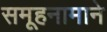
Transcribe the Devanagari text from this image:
समूहनामाने